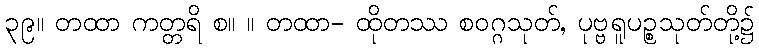
၃၉။ တထာ ကတ္တရိ စ။ ။ တထာ- ထိုတဿ စဝဂ္ဂသုတ်, ပုဗ္ဗရူပဉ္စသုတ်တို့၌